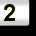
Digit: 2